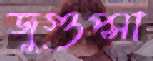
জুগুপ্সা